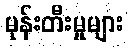
မုန်းတီးမှုများ